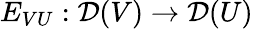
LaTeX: E_{VU}:{\mathcal{D}}(V)\to{\mathcal{D}}(U)